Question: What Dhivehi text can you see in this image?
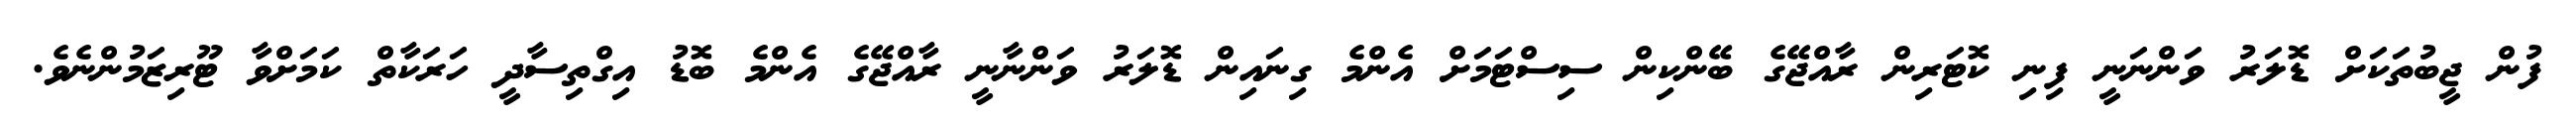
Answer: ފުން ޖީބުތަކަށް ޑޮލަރު ވަންނަނީ ފިނި ކޮޓަރިން ރާއްޖޭގެ ބޭންކިން ސިސްޓަމަށް އެންމެ ގިނައިން ޑޮލަރު ވަންނާނީ ރާއްޖޭގެ އެންމެ ބޮޑު އިގްތިސާދީ ހަރަކާތް ކަމަށްވާ ޓޫރިޒަމުންނެވެ.